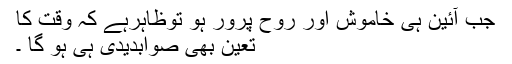
جب آئین ہی خاموش اور روح پرور ہو توظاہرہے کہ وقت کا
تعین بھی صوابدیدی ہی ہو گا ۔